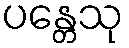
ပန္တေသု